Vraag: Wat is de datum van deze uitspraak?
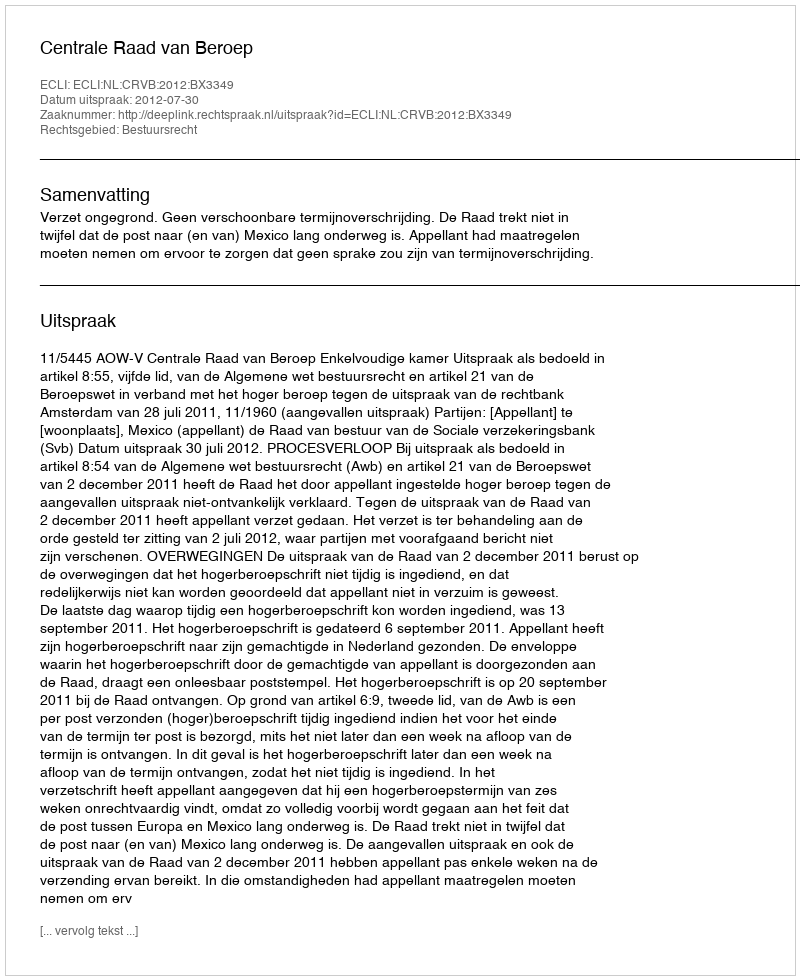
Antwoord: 2012-07-30